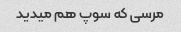
مرسی که سوپ هم میدید